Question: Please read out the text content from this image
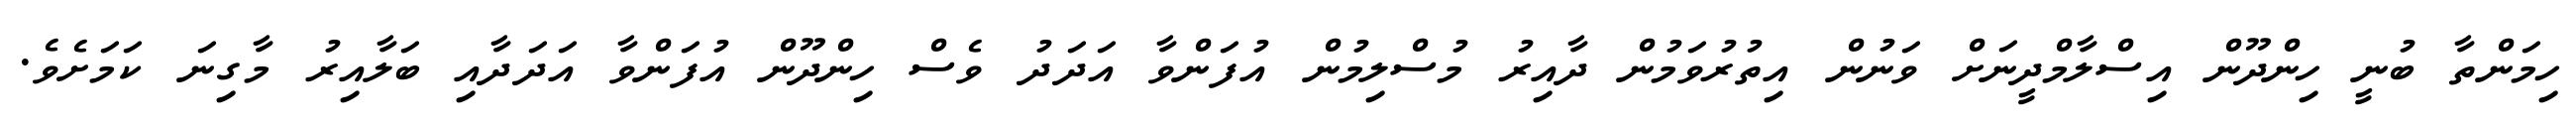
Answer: ހިމަންތާ ބުނީ ހިންދޫން އިސްލާމްދީނަށް ވަނުން އިތުރުވަމުން ދާއިރު މުސްލިމުން އުފަންވާ އަދަދު ވެސް ހިންދޫން އުފަންވާ އަދަދާއި ބަލާއިރު މާގިނަ ކަމަށެވެ.